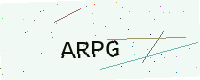
Text: ARPG